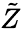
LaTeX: \tilde{Z}